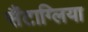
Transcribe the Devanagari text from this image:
सैंटाग्लिया